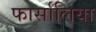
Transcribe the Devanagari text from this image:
फार्सालिया